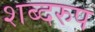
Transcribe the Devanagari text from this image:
शब्दरुप